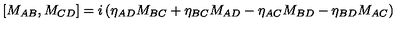
[ M _ { A B } , M _ { C D } ] = i \left( \eta _ { A D } M _ { B C } + \eta _ { B C } M _ { A D } - \eta _ { A C } M _ { B D } - \eta _ { B D } M _ { A C } \right)